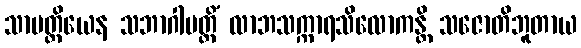
သာမတ္ထိယေန သဘာဂါပတ္တိံ လာဘသက္ကာရသိလောကန္တိ သဇောတိဘူတာယ